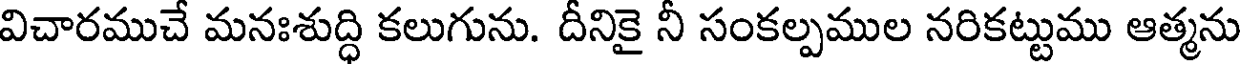
విచారముచే మనఃశుద్ధి కలుగును. దీనికై నీ సంకల్పముల నరికట్టుము ఆత్మను